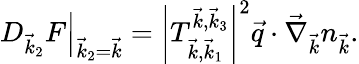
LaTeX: \left.D_{\vec{k}_{2}}F\right|_{\vec{k}_{2}=\vec{k}}=\left|T_{\vec{k},\vec{k}_{1}}^{\vec{k},\vec{k}_{3}}\right|^{2}\vec{q}\cdot\vec{\nabla}_{\vec{k}}n_{\vec{k}}.